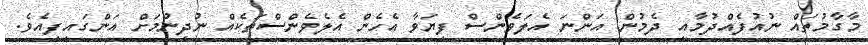
މާގާމުތައް ނުއުފެއްދުމާއި ދެމުން އަންނަ އެލަވެންސް ފިޔަވާ އެހެން އެލެވެންސްތަކެއް ނުދިނުމަށް އަންގައިފިއެވެ.